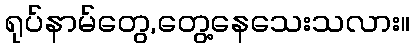
ရုပ်နာမ်တွေ,တွေ့နေသေးသလား။